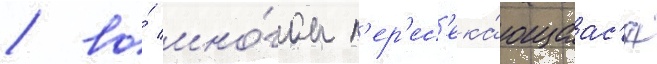
/ во́ мно́гом п'ер'ес'ека́ющаас'я